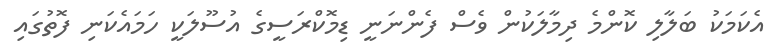
އެކަމަކު ބަލާލި ކޮންމެ ދިމާލަކުން ވެސް ފެންނަނީ ޑިމޮކްރަސީގެ އުސޫލަކީ ހަމައެކަނި ފޮތުގައި